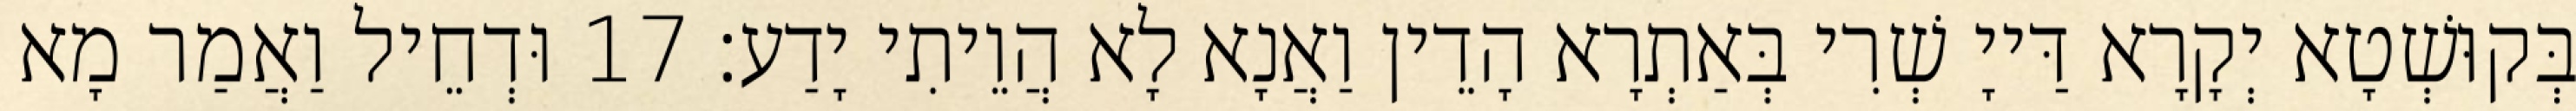
בְּקוּשְׁטָא יְקָרָא דַּייָ שְׁרִי בְּאַתְרָא הָדֵין וַאֲנָא לָא הֲוֵיתִי יָדַע׃ 17 וּדְחֵיל וַאֲמַר מָא